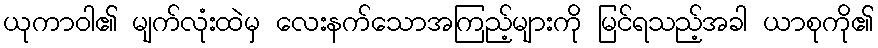
ယုကာဝါ၏ မျက်လုံးထဲမှ လေးနက်သောအကြည့်များကို မြင်ရသည့်အခါ ယာစုကို၏